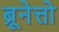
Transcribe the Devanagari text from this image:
ब्रूनेत्तो